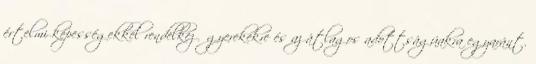
értelmi képességekkel rendelkező gyerekekre és az átlagos adottságúakra egyaránt.